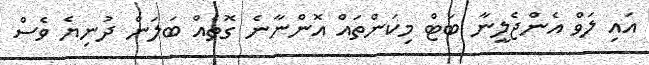
އައި ލަވް އެންޖެލީނާ ބަޓް މިކަންތައް އޮންނާނެ ގޮތެއް ބަލަން ދުނިޔެ ވެސް